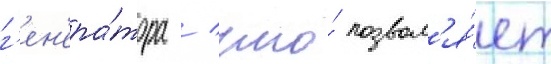
г'ен'ера́тора / что́ позвол'я́ет